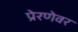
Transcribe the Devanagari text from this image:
प्रेरणेवर